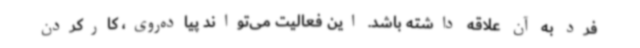
فرد به آن علاقه داشته باشد. این فعالیت می‌تواند پیاده‌روی، کارکردن